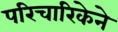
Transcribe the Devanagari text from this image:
परिचारिकेने